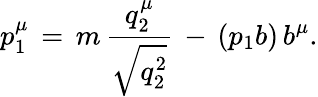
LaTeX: p_{1}^{\mu}\, =\, m\, \frac{q_{2}^{\mu}}{\sqrt{q_{2}^{2}}}\, -\, (p_{1}b)\, b^{\mu}.